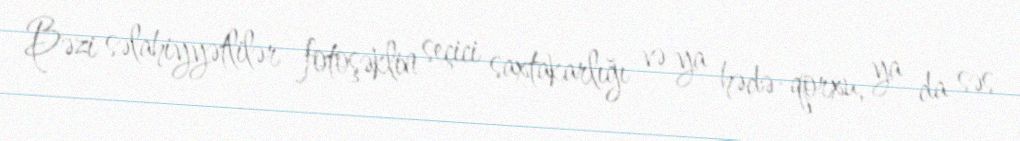
Bəzi səlahiyyətlilər fotoşəklin seçici saxtakarlığı və ya hədə-qorxu, ya da səs